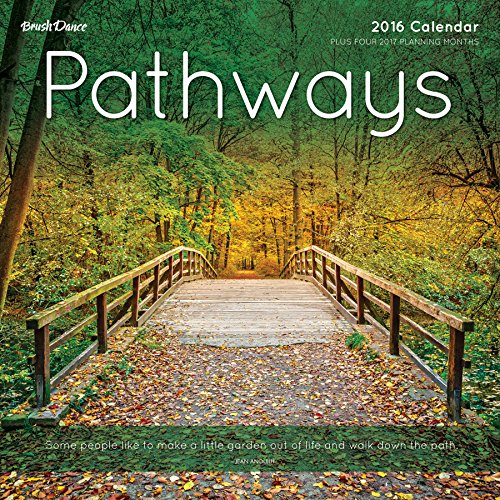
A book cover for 2016 Paths Wall Calendar; Brush Dance; Calendars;